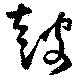
皷